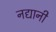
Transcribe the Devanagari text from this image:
नद्यानी